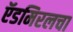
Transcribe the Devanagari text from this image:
ऍडमिरलचा